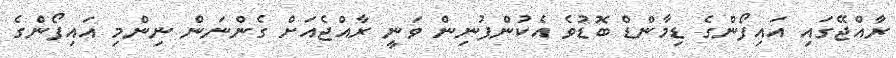
ރާއްޖޭގައި އައިފޯންގެ ޑިމާންޑް ބޮޑުވެ އެކުންފުނިން ވަނީ ރާއްޖެއަށް ގެންނަން ނިންމި އައިފޯންގެ